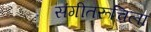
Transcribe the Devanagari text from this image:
संगीतरूचिला